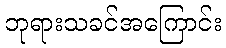
ဘုရားသခင်အကြောင်း